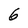
Character: 6